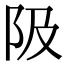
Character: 𨸚